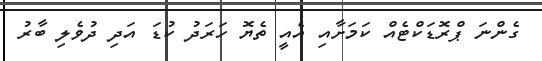
ގެންނަ ޕްރޮޑަކްޓެއް ކަމަށާއި އެއީ ތެޔޮ ހަރަދު ކުޑަ އަދި ދުވެލި ބާރު